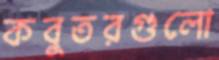
কবুতরগুলো